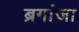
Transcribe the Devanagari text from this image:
ब्रगांजा